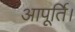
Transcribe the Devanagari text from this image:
आपूर्ति।